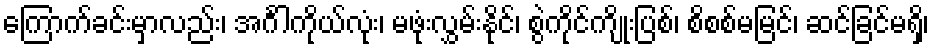
ကြောက်ခင်းမှာလည်း၊ အင်္ဂါကိုယ်လုံး၊ မဖုံးလွှမ်းနိုင်၊ စွဲကိုင်ကျိုးပြစ်၊ စိစစ်မမြင်၊ ဆင်ခြင်မရှိ၊